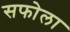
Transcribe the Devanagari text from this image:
सफोला